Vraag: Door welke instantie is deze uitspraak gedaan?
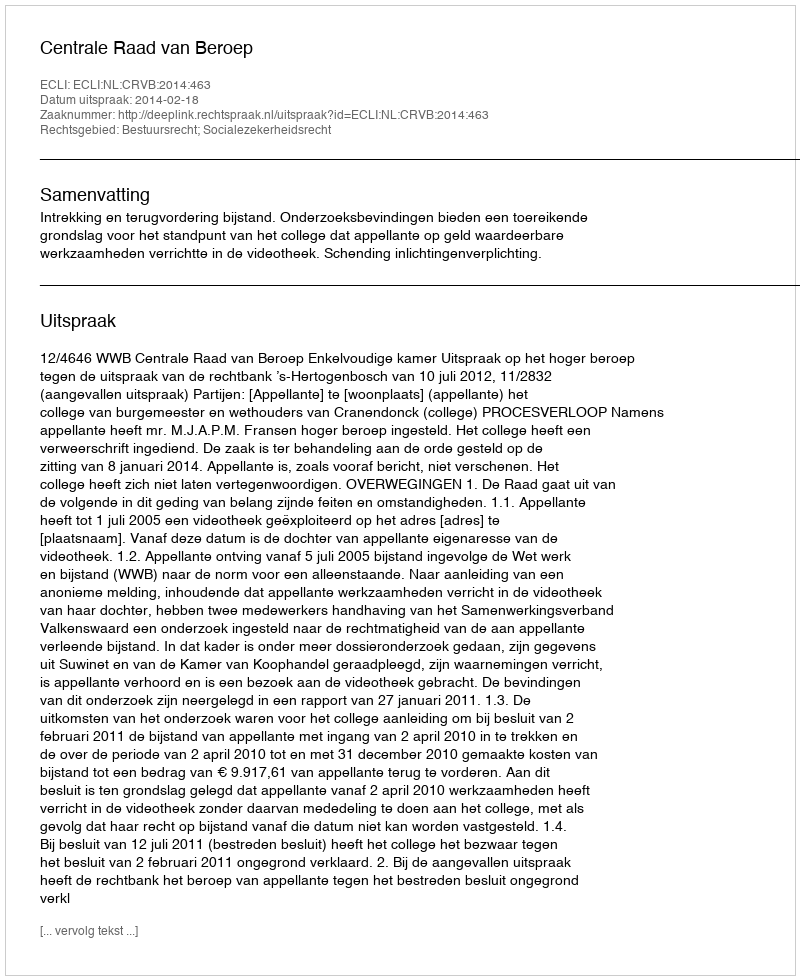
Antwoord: Centrale Raad van Beroep